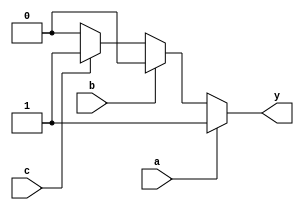
module priority_case_example (
    input wire a,
    input wire b,
    input wire c,
    output reg y
);

always @* begin
    case (1)
        a: y = 1;  // Action for condition 'a'
        b: y = 2;  // Action for condition 'b'
        c: y = 3;  // Action for condition 'c'
        default: y = 0; // Default action
    endcase
end

endmodule